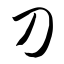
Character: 刀